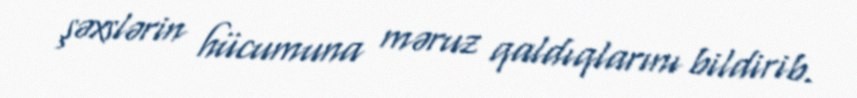
şəxslərin hücumuna məruz qaldıqlarını bildirib.